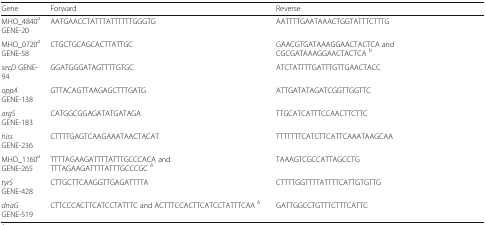
<table><thead><tr><td><b>Gene</b></td><td><b>Forward</b></td><td><b>Reverse</b></td></tr></thead><tbody><tr><td>MHO_4840<sup><i>a</i></sup>GENE-20</td><td>AATGAACCTATTTATTTTTTGGGTG</td><td>AATTTTGAATAAACTGGTATTTCTTTG</td></tr><tr><td>MHO_0720<sup><i>a</i></sup>GENE-58</td><td>CTGCTGCAGCACTTATTGC</td><td>GAACGTGATAAAGGAACTACTCA and CGCGATAAAGGAACTACTCA <sup><i>b</i></sup></td></tr><tr><td><i>secD</i> GENE-94</td><td>GGATGGGATAGTTTTGTGC</td><td>ATCTATTTTGATTTGTTGAACTACC</td></tr><tr><td><i>oppA</i>GENE-138</td><td>GTTACAGTTAAGAGCTTTGATG</td><td>ATTGATATAGATCGGTTGGTTC</td></tr><tr><td><i>argS</i>GENE-183</td><td>CATGGCGGAGATATGATAGA</td><td>TTGCATCATTTCCAACTTCTTC</td></tr><tr><td><i>hiss</i>GENE-236</td><td>CTTTTGAGTCAAGAAATAACTACAT</td><td>TTTTTTTCATCTTCATTCAAATAAGCAA</td></tr><tr><td>MHO_1160<sup><i>a</i></sup>GENE-265</td><td>TTTTAGAAGATTTTATTTGCCCACA and TTTAGAAGATTTTATTTGCCCGC <sup><i>b</i></sup></td><td>TAAAGTCGCCATTAGCCTG</td></tr><tr><td><i>tyrS</i>GENE-428</td><td>CTTGCTTCAAGGTTGAGATTTTA</td><td>CTTTTGGTTTTATTTTCATTGTGTTG</td></tr><tr><td><i>dnaG</i>GENE-519</td><td>CTTCCCACTTCATCCTATTTC and ACTTTCCACTTCATCCTATTTCAA <sup><i>b</i></sup></td><td>GATTGGCCTGTTTCTTTCATTC</td></tr></tbody></table>